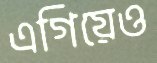
এগিয়েও